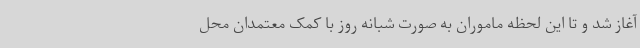
آغاز شد و تا این لحظه ماموران به صورت شبانه روز با کمک معتمدان محل